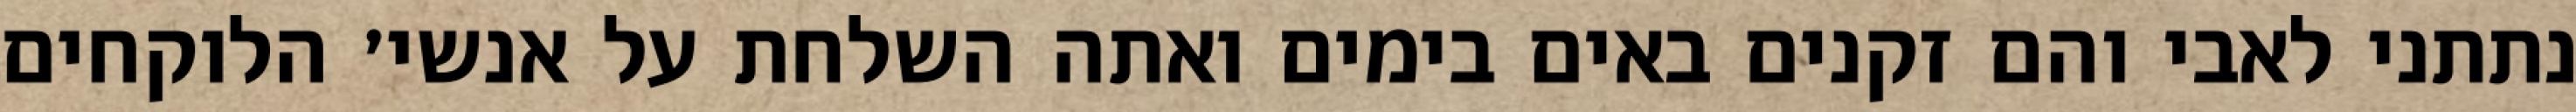
נתתני לאבי והם זקנים באים בימים ואתה השלחת על אנשי׳ הלוקחים